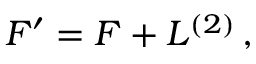
{ \cal F } ^ { \prime } = { \cal F } + { \cal L } ^ { ( 2 ) } \, ,